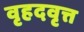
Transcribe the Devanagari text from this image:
वृहदवृत्त